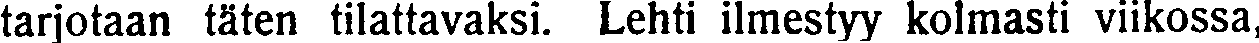
tarjotaan täten tilattavaksi. Lehti ilmestyy kolmasti viikossa,